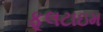
ફૂલટાઇમ